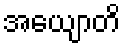
အယျောတိ